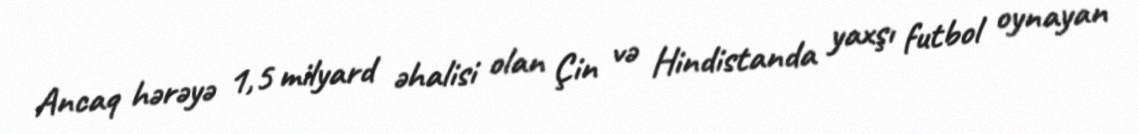
Ancaq hərəyə 1,5 milyard əhalisi olan Çin və Hindistanda yaxşı futbol oynayan